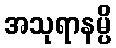
အသုရာနမ္ပိ